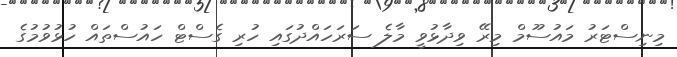
މިނިސްޓަރު މައުސޫމް މިރޭ ވިދާޅުވީ މާލެ ސަރަހައްދުގައި ހުރި ގެސްޓް ހައުސްތައް ހުޅުވުމުގެ